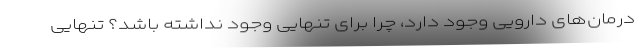
درمان‌های دارویی وجود دارد، چرا برای تنهایی وجود نداشته باشد؟ تنهایی